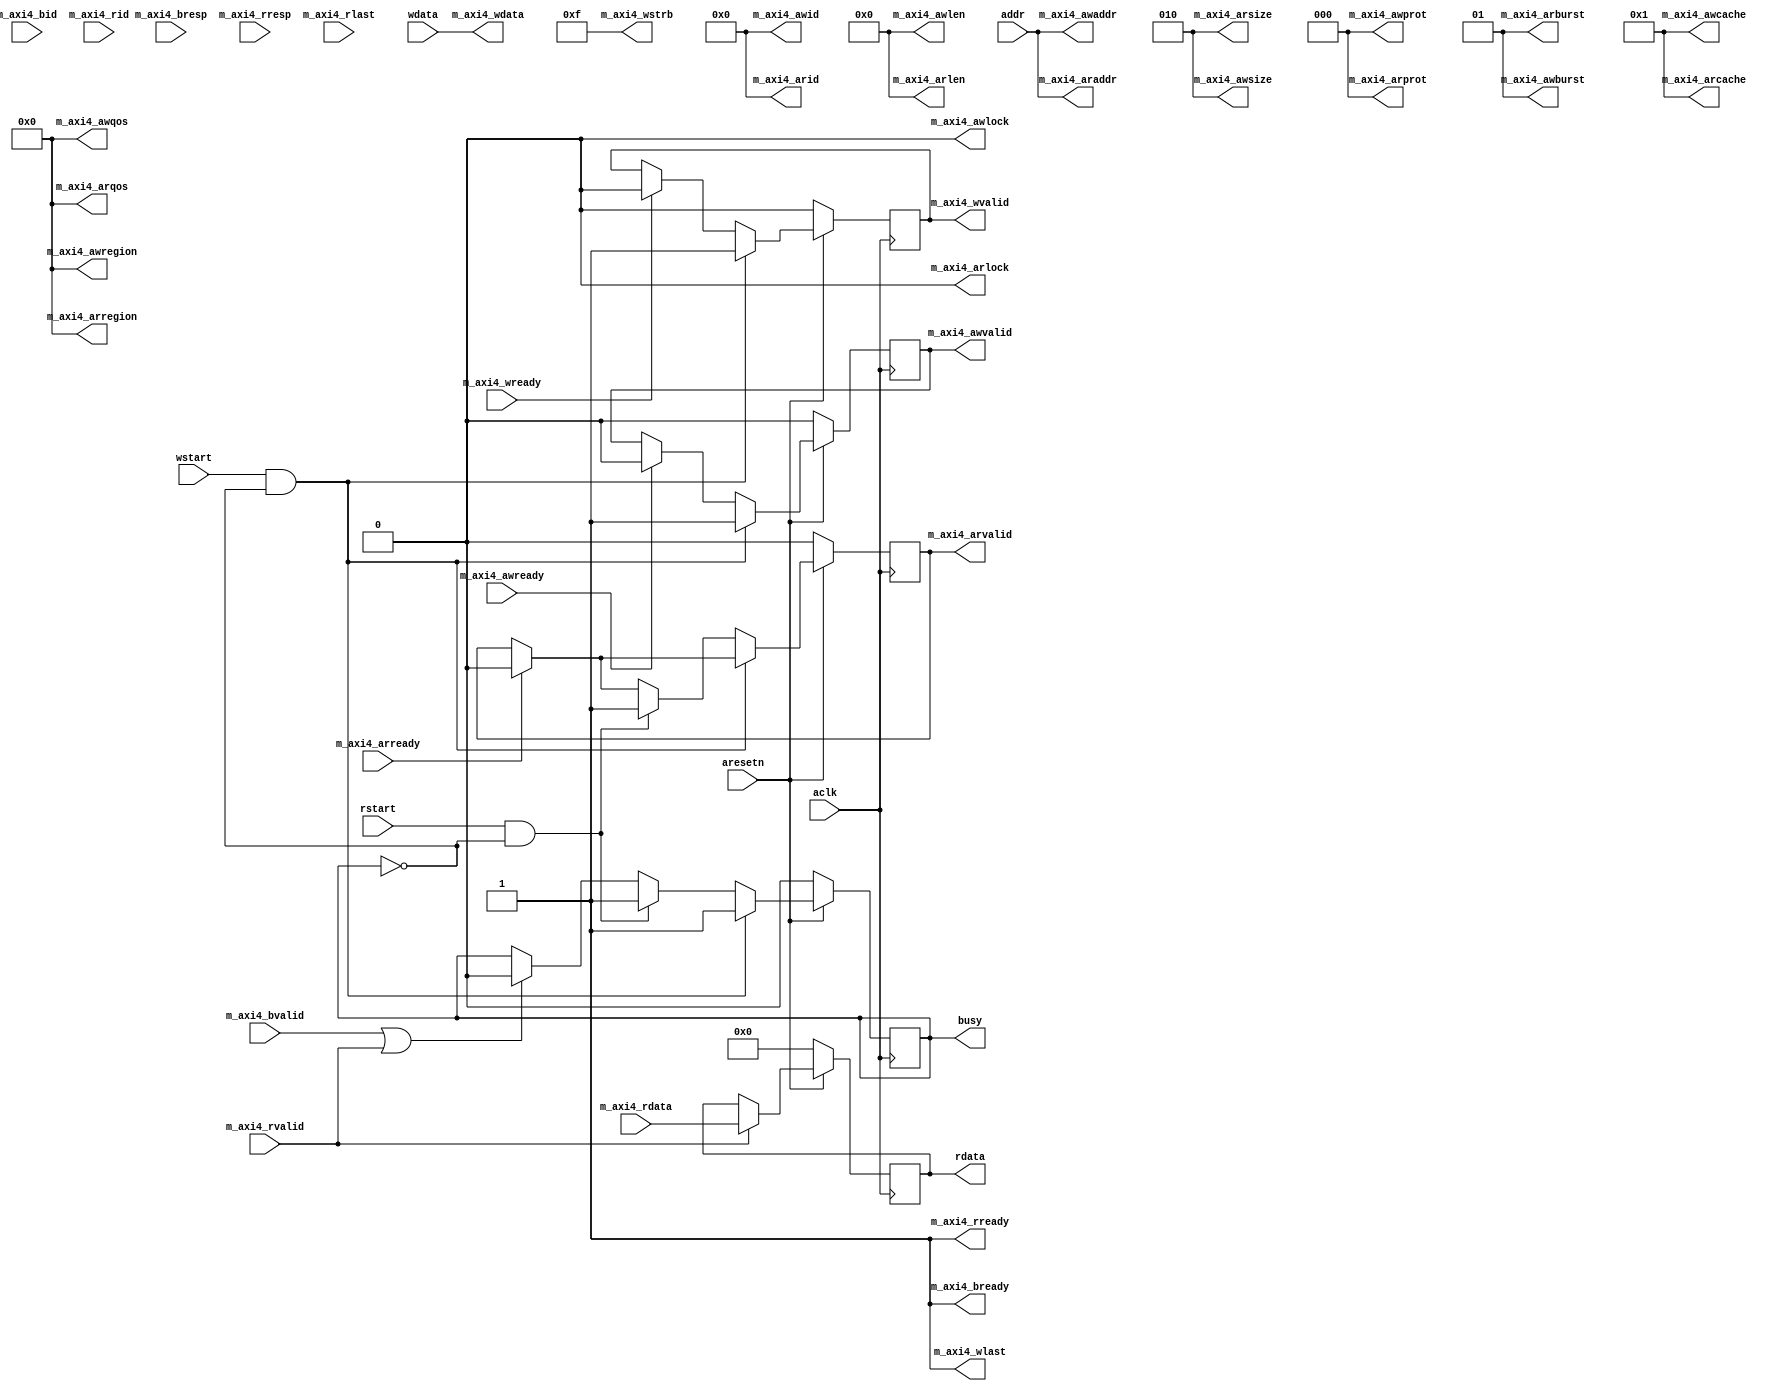
// ---------------------------------------------------------------------------
//  Jelly  -- the system on fpga system
//
//  Test DMA
//
//                                 Copyright (C) 2008-2020 by Ryuji Fuchikami
//                                 https://github.com/ryuz/jelly.git
// ---------------------------------------------------------------------------


`timescale 1ns / 1ps
`default_nettype none


module test_dma_core
        #(
            parameter   AXI4_ID_WIDTH   = 6,
            parameter   AXI4_ADDR_WIDTH = 32,
            parameter   AXI4_DATA_SIZE  = 2,   // 0:8bit, 1:16bit, 2:32bit ...
            parameter   AXI4_DATA_WIDTH = (8 << AXI4_DATA_SIZE),
            parameter   AXI4_STRB_WIDTH = (1 << AXI4_DATA_SIZE),
            parameter   AXI4_LEN_WIDTH  = 8,
            parameter   AXI4_QOS_WIDTH  = 4,
            
            parameter   AXI4_AWID       = {AXI4_ID_WIDTH{1'b0}},
            parameter   AXI4_AWSIZE     = AXI4_DATA_SIZE,
            parameter   AXI4_AWBURST    = 2'b01,
            parameter   AXI4_AWLOCK     = 1'b0,
            parameter   AXI4_AWCACHE    = 4'b0001,
            parameter   AXI4_AWPROT     = 3'b000,
            parameter   AXI4_AWQOS      = 0,
            parameter   AXI4_AWREGION   = 4'b0000,
            parameter   AXI4_ARID       = {AXI4_ID_WIDTH{1'b0}},
            parameter   AXI4_ARSIZE     = AXI4_DATA_SIZE,
            parameter   AXI4_ARBURST    = 2'b01,
            parameter   AXI4_ARLOCK     = 1'b0,
            parameter   AXI4_ARCACHE    = 4'b0001,
            parameter   AXI4_ARPROT     = 3'b000,
            parameter   AXI4_ARQOS      = 0,
            parameter   AXI4_ARREGION   = 4'b0000
        )
        (
            input   wire                                aresetn,
            input   wire                                aclk,
            
            input   wire                                wstart,
            input   wire                                rstart,
            output  wire                                busy,
            
            input   wire    [AXI4_ADDR_WIDTH-1:0]       addr,
            input   wire    [AXI4_DATA_WIDTH-1:0]       wdata,
            output  wire    [AXI4_DATA_WIDTH-1:0]       rdata,
            
            
            output  wire    [AXI4_ID_WIDTH-1:0]         m_axi4_awid,
            output  wire    [AXI4_ADDR_WIDTH-1:0]       m_axi4_awaddr,
            output  wire    [AXI4_LEN_WIDTH-1:0]        m_axi4_awlen,
            output  wire    [2:0]                       m_axi4_awsize,
            output  wire    [1:0]                       m_axi4_awburst,
            output  wire    [0:0]                       m_axi4_awlock,
            output  wire    [3:0]                       m_axi4_awcache,
            output  wire    [2:0]                       m_axi4_awprot,
            output  wire    [AXI4_QOS_WIDTH-1:0]        m_axi4_awqos,
            output  wire    [3:0]                       m_axi4_awregion,
            output  wire                                m_axi4_awvalid,
            input   wire                                m_axi4_awready,
            output  wire    [AXI4_DATA_WIDTH-1:0]       m_axi4_wdata,
            output  wire    [AXI4_STRB_WIDTH-1:0]       m_axi4_wstrb,
            output  wire                                m_axi4_wlast,
            output  wire                                m_axi4_wvalid,
            input   wire                                m_axi4_wready,
            input   wire    [AXI4_ID_WIDTH-1:0]         m_axi4_bid,
            input   wire    [1:0]                       m_axi4_bresp,
            input   wire                                m_axi4_bvalid,
            output  wire                                m_axi4_bready,
            output  wire    [AXI4_ID_WIDTH-1:0]         m_axi4_arid,
            output  wire    [AXI4_ADDR_WIDTH-1:0]       m_axi4_araddr,
            output  wire    [AXI4_LEN_WIDTH-1:0]        m_axi4_arlen,
            output  wire    [2:0]                       m_axi4_arsize,
            output  wire    [1:0]                       m_axi4_arburst,
            output  wire    [0:0]                       m_axi4_arlock,
            output  wire    [3:0]                       m_axi4_arcache,
            output  wire    [2:0]                       m_axi4_arprot,
            output  wire    [AXI4_QOS_WIDTH-1:0]        m_axi4_arqos,
            output  wire    [3:0]                       m_axi4_arregion,
            output  wire                                m_axi4_arvalid,
            input   wire                                m_axi4_arready,
            input   wire    [AXI4_ID_WIDTH-1:0]         m_axi4_rid,
            input   wire    [AXI4_DATA_WIDTH-1:0]       m_axi4_rdata,
            input   wire    [1:0]                       m_axi4_rresp,
            input   wire                                m_axi4_rlast,
            input   wire                                m_axi4_rvalid,
            output  wire                                m_axi4_rready
        );
    
    reg                             reg_busy;
    reg                             reg_awvalid;
    reg                             reg_wvalid;
    reg                             reg_arvalid;
    reg     [AXI4_DATA_WIDTH-1:0]   reg_rdata;
    
    always @(posedge aclk) begin
        if ( !aresetn ) begin
            reg_busy    <= 1'b0;
            reg_awvalid <= 1'b0;
            reg_wvalid  <= 1'b0;
            reg_arvalid <= 1'b0;
            reg_rdata   <= {AXI4_DATA_WIDTH{1'b0}};
        end
        else begin
            if ( m_axi4_bvalid || m_axi4_rvalid ) begin
                reg_busy <= 1'b0;
            end
            if ( m_axi4_awready ) begin
                reg_awvalid <= 1'b0;
            end
            if ( m_axi4_wready ) begin
                reg_wvalid <= 1'b0;
            end
            if ( m_axi4_arready ) begin
                reg_arvalid <= 1'b0;
            end
            if ( m_axi4_rvalid ) begin
                reg_rdata <= m_axi4_rdata;
            end
            
            if ( wstart && !busy ) begin
                reg_awvalid <= 1'b1;
                reg_wvalid  <= 1'b1;
                reg_busy    <= 1'b1;
            end
            else if ( rstart && !busy ) begin
                reg_arvalid <= 1'b1;
                reg_busy    <= 1'b1;
            end
        end
    end
    
    assign busy            = reg_busy;
    assign rdata           = reg_rdata;
    
    assign m_axi4_awid     = AXI4_AWID;
    assign m_axi4_awaddr   = addr;
    assign m_axi4_awlen    = 0;
    assign m_axi4_awsize   = AXI4_AWSIZE;
    assign m_axi4_awburst  = AXI4_AWBURST;
    assign m_axi4_awlock   = AXI4_AWLOCK;
    assign m_axi4_awcache  = AXI4_AWCACHE;
    assign m_axi4_awprot   = AXI4_AWPROT;
    assign m_axi4_awqos    = AXI4_AWQOS;
    assign m_axi4_awregion = AXI4_AWREGION;
    assign m_axi4_awvalid  = reg_awvalid;
    assign m_axi4_wdata    = wdata;
    assign m_axi4_wstrb    = {AXI4_STRB_WIDTH{1'b1}};
    assign m_axi4_wlast    = 1'b1;
    assign m_axi4_wvalid   = reg_wvalid;
    assign m_axi4_bready   = 1'b1;
    
    assign m_axi4_arid     = AXI4_ARID;
    assign m_axi4_araddr   = addr;
    assign m_axi4_arlen    = 0;
    assign m_axi4_arsize   = AXI4_ARSIZE;
    assign m_axi4_arburst  = AXI4_ARBURST;
    assign m_axi4_arlock   = AXI4_ARLOCK;
    assign m_axi4_arcache  = AXI4_ARCACHE;
    assign m_axi4_arprot   = AXI4_ARPROT;
    assign m_axi4_arqos    = AXI4_ARQOS;
    assign m_axi4_arregion = AXI4_ARREGION;
    assign m_axi4_arvalid  = reg_arvalid;
    assign m_axi4_rready   = 1'b1;
    
endmodule


`default_nettype wire


// end of file